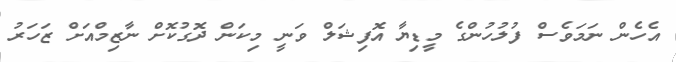
އެހެން ނަމަވެސް ފުލުހުންގެ މީޑިޔާ އޮފިޝަލް ވަނީ މިކަން ދޮގުކޮށް ނާޒިމްއަށް ޒަހަރު